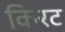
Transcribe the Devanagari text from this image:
किरट